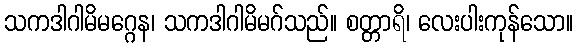
သကဒါဂါမိမဂ္ဂေန၊ သကဒါဂါမိမဂ်သည်။ စတ္တာရိ၊ လေးပါးကုန်သော။